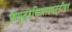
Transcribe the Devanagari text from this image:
समुद्रकिनारपट्टीवर